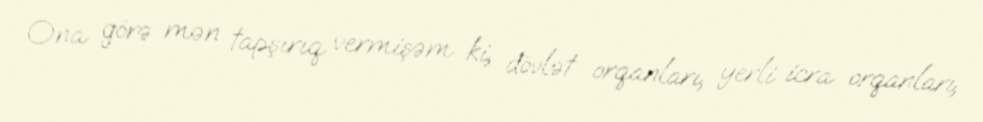
Ona görə mən tapşırıq vermişəm ki, dövlət orqanları, yerli icra orqanları,